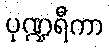
ပုဏ္ဍရီကာ